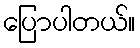
ပြောပါတယ်။